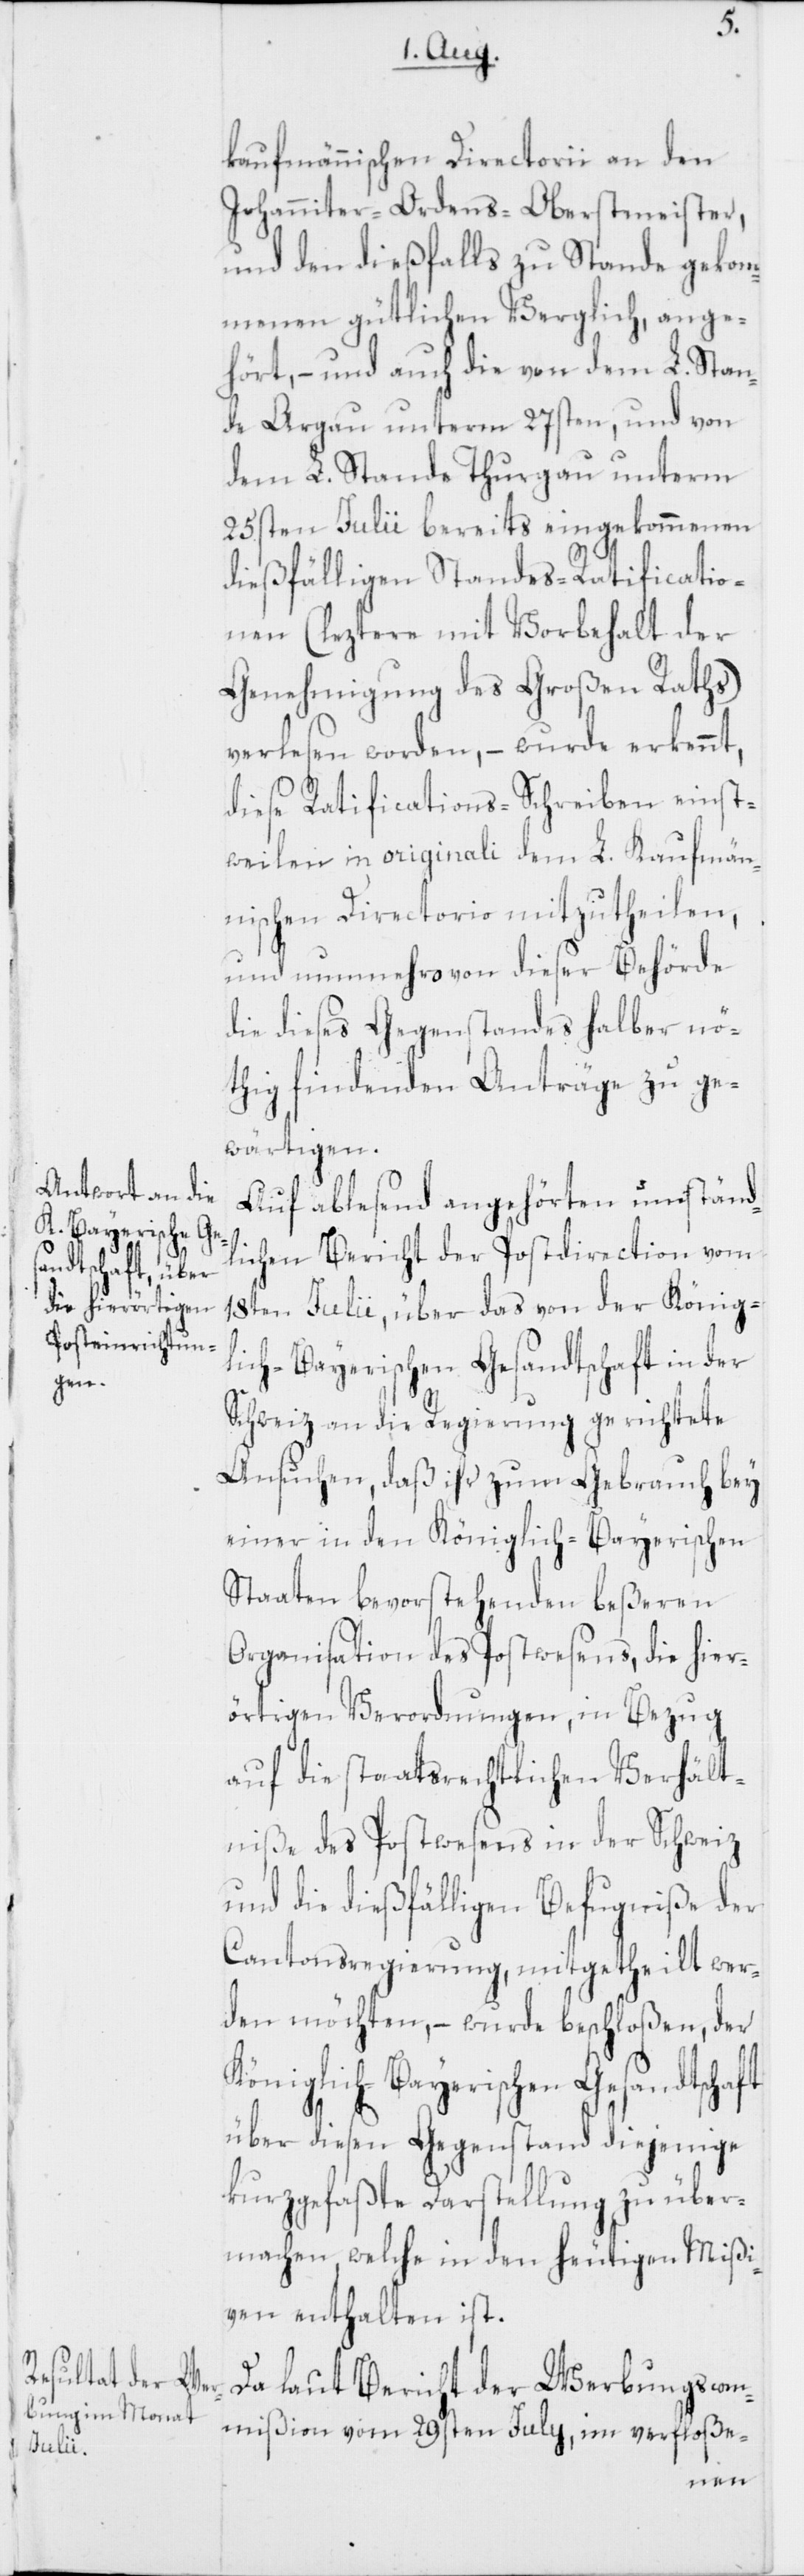
kaufmännischen Directorii an den
Johanniter-Ordens-Oberstmeister,
und den dießfalls zu Stande gekom¬
menen gütlichen Verglich, ange¬
hört, – und auch die von dem L. Stan¬
de Argau unterm 27sten, und von
dem L. Stande Thurgau unterm
25sten Julii bereits eingekommenen
dießfälligen Standes-Ratificatio¬
nen (leztere mit Vorbehalt der
Genehmigung des Großen Raths)
verlesen worden, – wurde erkennt,
diese Ratifications-Schreiben einst¬
weilen in originali dem L. Kaufmän¬
nischen Directorio mitzutheilen,
und nunmehro von dieser Behörde
die dieses Gegenstandes halber nö¬
thig findenden Anträge zu ge¬
wärtigen.
Auf ablesend angehörten umständ¬
ft
lichen Bericht der Postdirection vom
18ten Julii, über das von der König¬
lich-Bayerischen Gesandtschaft in der
Schweiz an die Regierung gerichtete
Ansuchen, daß ihr zum Gebrauch bey
einer in den Königlich-Bayerischen
Staaten bevorstehenden beßeren
Organisation des Postwesens, die hier¬
örtigen Verordnungen, in Bezug
auf die staatsrechtlichen Verhält¬
niße des Postwesens in der Schweiz
und die dießfälligen Befugniße der
Cantonsregierung, mitgetheilt wer¬
den möchten, – wurde beschloßen, der
Königlich-Bayerischen Gesandtscha¬
über diesen Gegenstand diejenige
kurzgefaßte Darstellung zu über¬
machen, welche in den heutigen Mißi¬
ven enthalten ist.
Da laut Bericht der Werbungscom¬
mißion vom 29sten July, im verfloße-